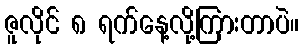
ဇူလိုင် ၈ ရက်နေ့လို့ကြားတာပဲ။